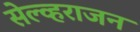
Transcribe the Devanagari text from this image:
सेल्व्हराजन